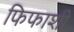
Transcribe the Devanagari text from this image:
फिफाशी